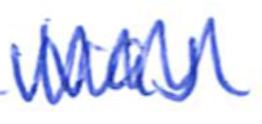
Text: was
Cross-out: zig-zag
Writing tool: ballpoint